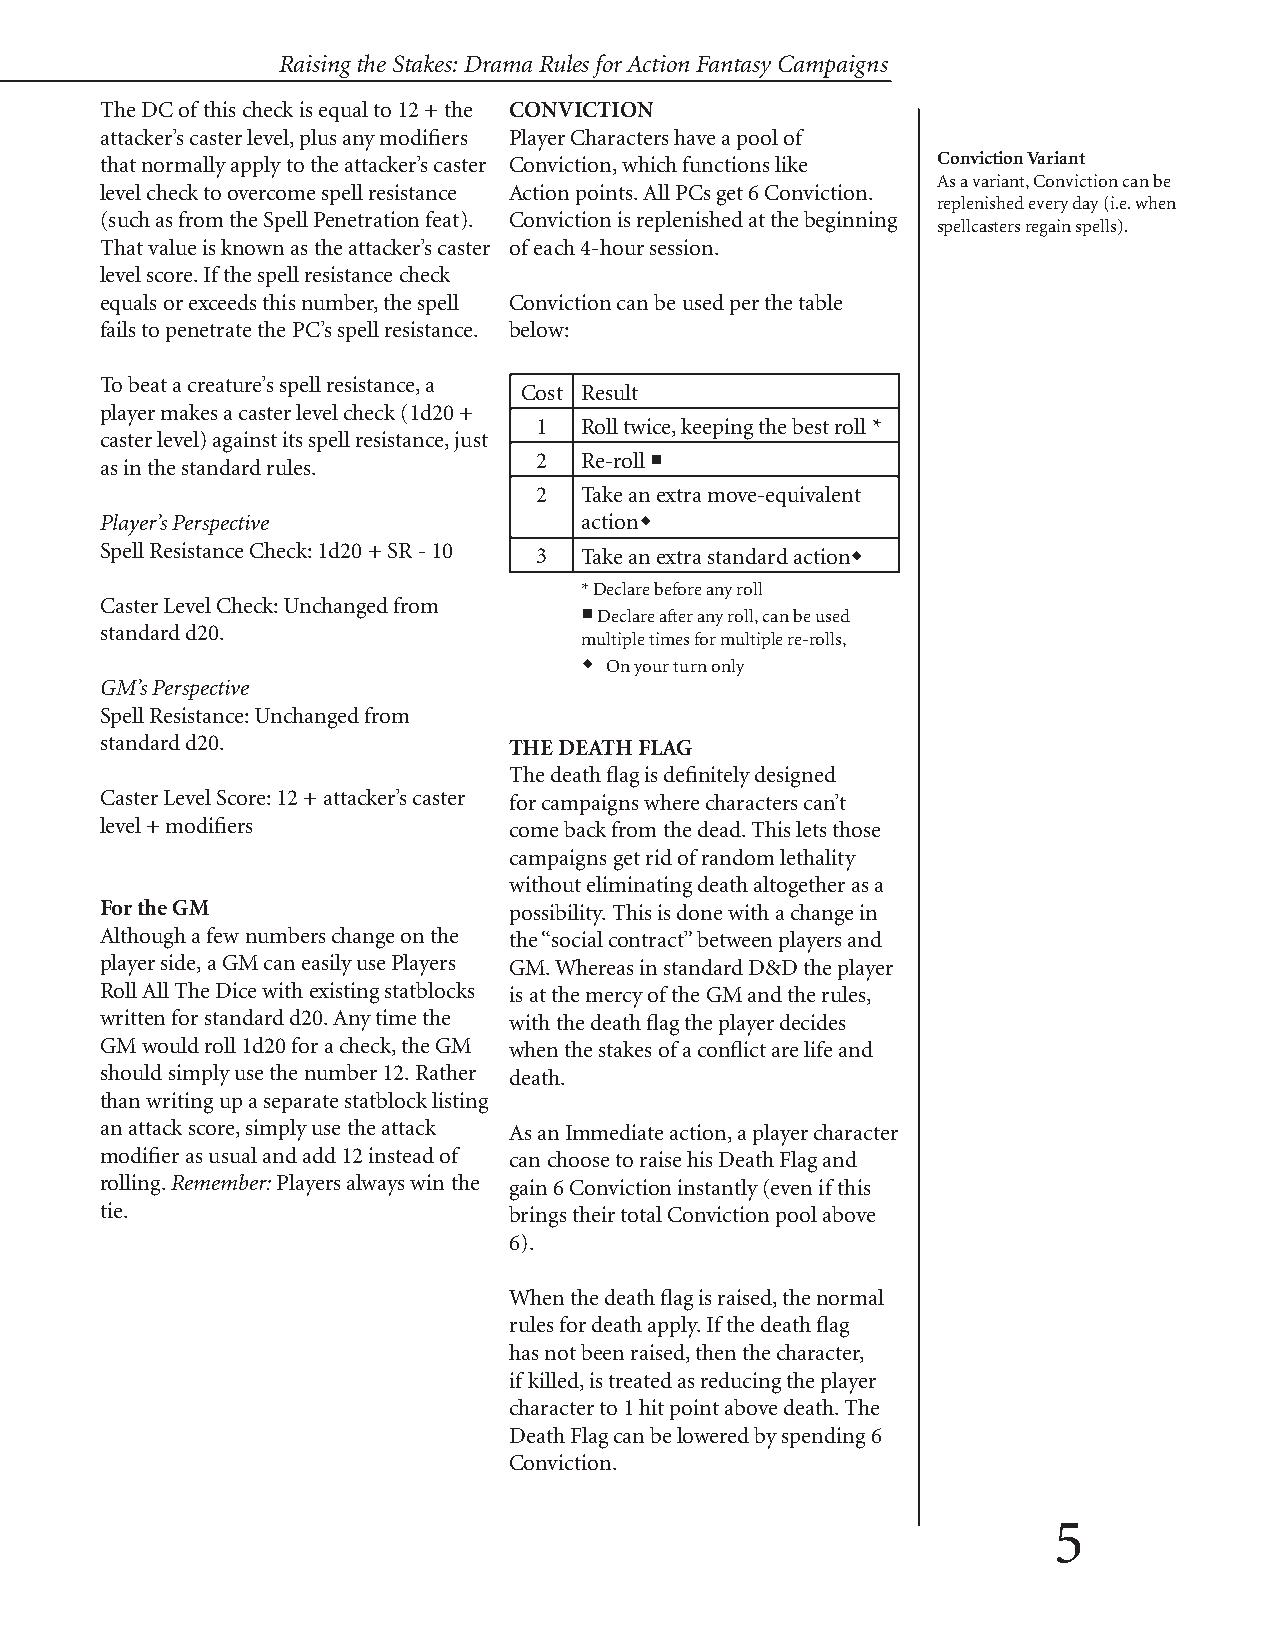
Raising the Stakes: Drama Rules for Action Fantasy Campaigns Raising the Stakes: Drama Rules for Action Fantasy Campaigns
 The DC of this check is equal to 12 + the CONVICTION
 attacker’s caster level, plus any modifiers Player Characters have a pool of
 that normally apply to the attacker’s caster Conviction, which functions like Conviction Variant
 As a variant, Conviction can be
 level check to overcome spell resistance Action points. All PCs get 6 Conviction.
 replenished every day (i.e. when
 (such as from the Spell Penetration feat). Conviction is replenished at the beginning
 spellcasters regain spells).
 That value is known as the attacker’s caster of each 4-hour session.
 level score. If the spell resistance check
 equals or exceeds this number, the spell Conviction can be used per the table
 fails to penetrate the PC’s spell resistance. below:
 To beat a creature’s spell resistance, a
 Cost Result
 player makes a caster level check (1d20 +
 1 Roll twice, keeping the best roll *
 caster level) against its spell resistance, just
 2 Re-roll ¡
 as in the standard rules.
 2 Take an extra move-equivalent
 Player’s Perspective           actionw
 Spell Resistance Check: 1d20 + SR - 10 3 Take an extra standard actionw
 * Declare before any roll
 Caster Level Check: Unchanged from
 ¡ Declare after any roll, can be used
 standard d20.
 multiple times for multiple re-rolls,
 w On your turn only
 GM’s Perspective
 Spell Resistance: Unchanged from
 standard d20.              THE DEATH FLAG
 The death flag is definitely designed
 Caster Level Score: 12 + attacker’s caster for campaigns where characters can’t
 level + modifiers          come back from the dead. This lets those
 campaigns get rid of random lethality
 without eliminating death altogether as a
 For the GM                 possibility. This is done with a change in
 Although a few numbers change on the the “social contract” between players and
 player side, a GM can easily use Players GM. Whereas in standard D&D the player
 Roll All The Dice with existing statblocks is at the mercy of the GM and the rules,
 written for standard d20. Any time the with the death flag the player decides
 GM would roll 1d20 for a check, the GM when the stakes of a conflict are life and
 should simply use the number 12. Rather death.
 than writing up a separate statblock listing
 an attack score, simply use the attack As an Immediate action, a player character
 modifier as usual and add 12 instead of can choose to raise his Death Flag and
 rolling. Remember: Players always win the gain 6 Conviction instantly (even if this
 tie.                       brings their total Conviction pool above
 6).
 When the death flag is raised, the normal
 rules for death apply. If the death flag
 has not been raised, then the character,
 if killed, is treated as reducing the player
 character to 1 hit point above death. The
 Death Flag can be lowered by spending 6
 Conviction.
 4                                                                     5